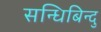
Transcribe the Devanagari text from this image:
सन्धिबिन्दु